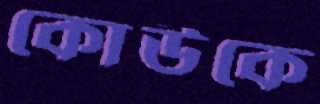
কোউকে